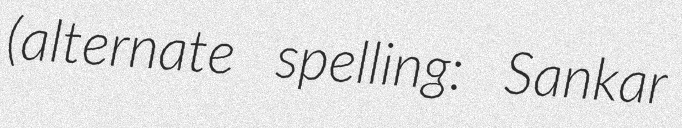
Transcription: (alternate spelling: Sankar